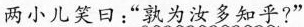
两小儿笑日：”孰为汝多知乎?”